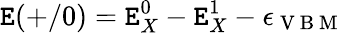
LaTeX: \mathtt{E}(+/0)=\mathtt{E}_{X}^{0}-\mathtt{E}_{X}^{1}-\epsilon_{\mathrm{{~V~B~M~}}}